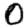
Digit: 0